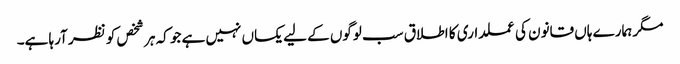
مگر ہمارے ہاں قانون کی عملداری کا اطلاق سب لوگوں کے لیے یکساں نہیں ہے جو کہ ہر شخص کو نظر آرہا ہے۔